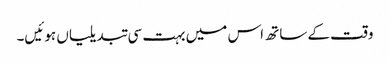
وقت کے ساتھ اس میں بہت سی تبدیلیاں ہوئیں۔